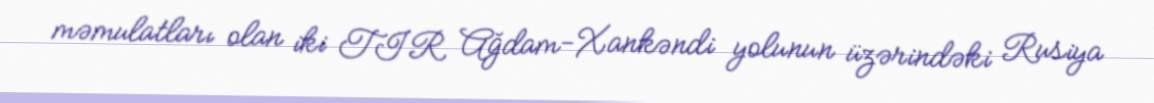
məmulatları olan iki TIR Ağdam-Xankəndi yolunun üzərindəki Rusiya